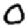
Digit: 0